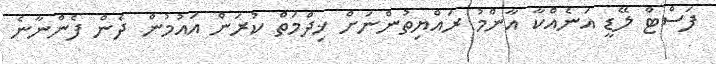
ފަސްޓް ލޭޑީ އަނެއްކާ އާންމު ރައްޔިތުންނަށް ޚިދްމަތް ކުރަން އައުމުން ދެން ފެންނާނެ